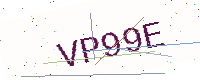
Text: VP99E